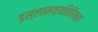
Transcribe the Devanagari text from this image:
इस्लामव्यतिरिक्त